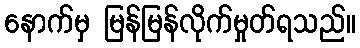
နောက်မှ မြန်မြန်လိုက်မှုတ်ရသည်။